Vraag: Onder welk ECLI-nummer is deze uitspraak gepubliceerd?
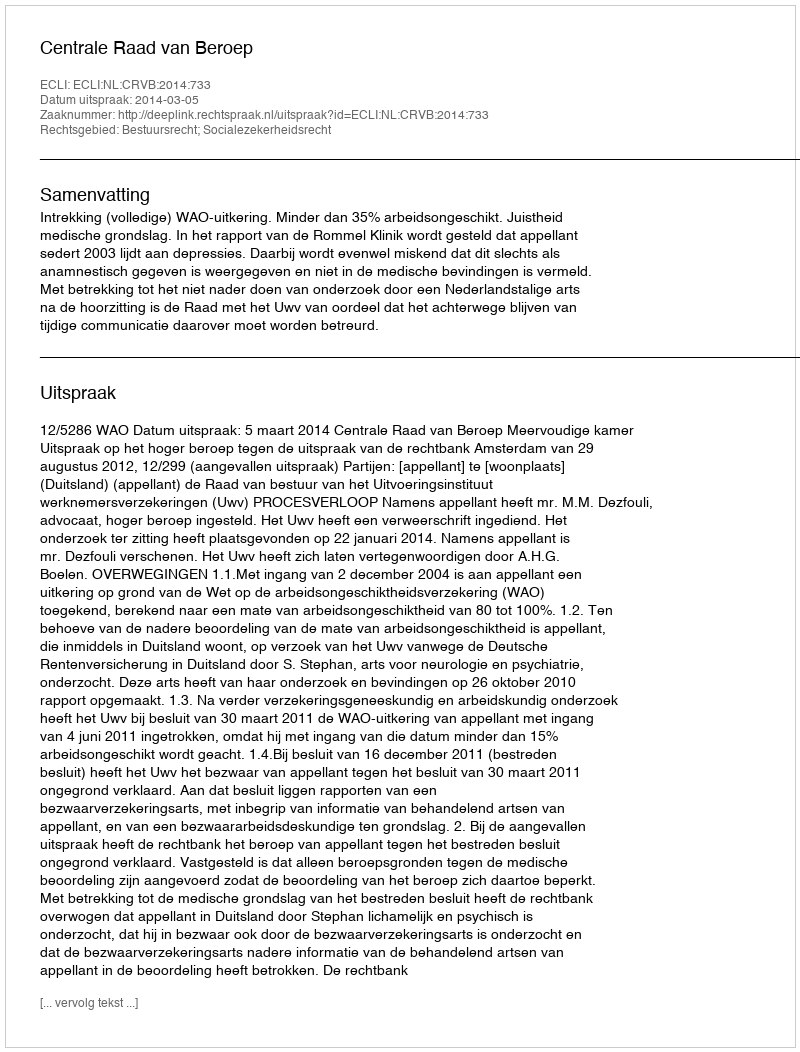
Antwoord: ECLI:NL:CRVB:2014:733